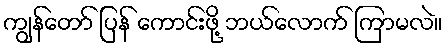
ကျွန်တော် ပြန် ကောင်းဖို့ ဘယ်လောက် ကြာမလဲ။